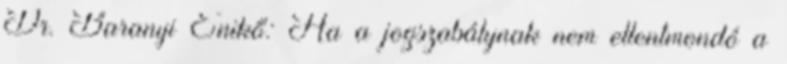
Dr. Baranyi Enikő: Ha a jogszabálynak nem ellentmondó a